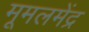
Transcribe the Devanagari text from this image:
मूमलमेंद्र